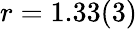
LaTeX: r=1.33(3)